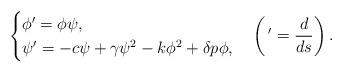
LaTeX: \begin{align*}\begin{cases}\phi'=\phi\psi,\\\psi'=-c\psi+\gamma\psi^{2}-k\phi^{2}+\delta p \phi,\end{cases}\left( \, '=\dfrac{d}{ds}\right).\end{align*}